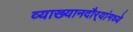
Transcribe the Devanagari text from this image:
व्याख्यानदौर्‍यांमध्ये